Civil Veterinary Dept. North-West Frontier Province 1933-46 - 1933-1946
Year: 1933
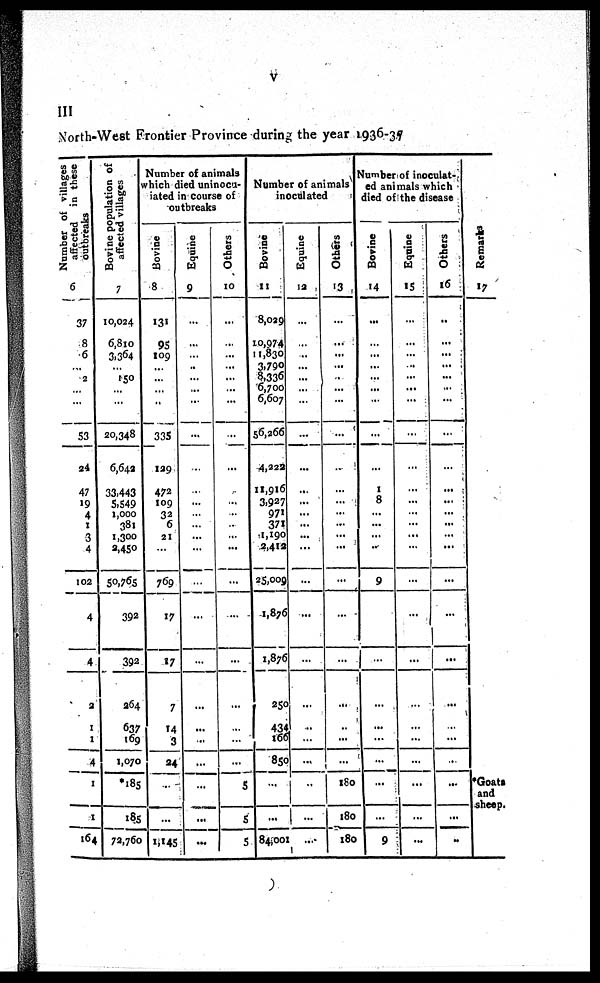
III
North-West Frontier Province during the year 1936-37
Number of villages
affected in these
outbreaks
6
37
8
6
...
2
...
...
53
24
47
19
4
1
3
4
102
4
4
2
1
1
4
1
1
164
Bovine population of
affected villages
7
10,024
6,810
3,364
...
150
...
...
20,348
6,642
33,443
5,549
1,000
381
1,300
2,450
50,765
392
392
264
637
169
1,070
*185
185
72,760
Number of animals
which died uninocu-
iated in course of
outbreaks
Bovine
8
131
95
109
...
...
...
...
335
129
472
109
32
6
21
769
17
17
7
14
3
24
...
...
1,145
Equine
9
...
...
..
...
...
...
...
...
...
...
...
...
...
...
...
...
...
...
...
...
...
...
Others
10
...
...
...
...
...
...
...
...
...
...
...
...
...
...
...
...
...
...
...
...
...
...
5
5
5
Number of animals
inoculated
Bovine
11
8,029
10,974
11,830
3,790
8,336
6,700
6,607
56,266
4,222
11,9l6
3,927
971
371
11,190
2,413
25,009
1,876
1,876
250
434
166
850
...
...
84,001
Equine
12
...
...
...
...
...
...
...
...
...
...
...
...
...
...
...
...
...
...
...
...
...
...
...
Others
13
...
...
...
...
...
...
...
...
...
...
...
...
...
...
...
...
...
...
...
...
...
...
180
180
180
Number of inoculat-
ed animals which
died of the disease
Bovine
14
...
...
...
...
...
...
...
...
...
1
8
...
...
...
...
9
...
...
...
...
...
...
...
9
Equine
15
...
...
...
...
...
...
...
...
...
...
...
...
...
...
...
...
...
...
...
...
...
...
...
...
...
Others
16
..
...
...
...
...
...
...
...
...
...
...
...
...
...
...
...
...
...
...
...
...
...
...
...
Remarks
17
*Goats
and
sheep